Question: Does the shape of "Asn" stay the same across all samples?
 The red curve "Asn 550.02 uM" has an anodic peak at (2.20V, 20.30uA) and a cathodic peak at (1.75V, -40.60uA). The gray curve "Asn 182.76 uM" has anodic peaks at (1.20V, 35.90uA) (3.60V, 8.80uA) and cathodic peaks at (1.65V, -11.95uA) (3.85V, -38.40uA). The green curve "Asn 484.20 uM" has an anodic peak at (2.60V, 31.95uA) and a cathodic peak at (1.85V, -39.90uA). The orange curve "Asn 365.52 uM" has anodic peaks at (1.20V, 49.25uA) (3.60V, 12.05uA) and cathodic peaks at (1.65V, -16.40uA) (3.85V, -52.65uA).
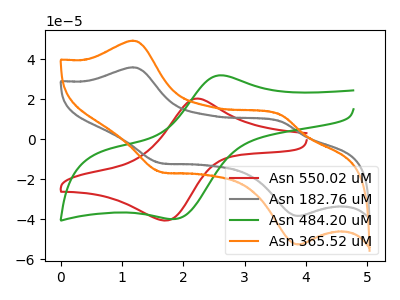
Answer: <think>"Asn 550.02 uM" and "Asn 182.76 uM" have a different number of peaks. "Asn 550.02 uM" and "Asn 484.20 uM" have at least one peak that do not match. "Asn 550.02 uM" and "Asn 365.52 uM" have a different number of peaks. "Asn 182.76 uM" and "Asn 484.20 uM" have a different number of peaks. All the peaks in "Asn 182.76 uM" have a peak in "Asn 365.52 uM" at the same potential. Every peak in "Asn 182.76 uM" is lower than every peak in "Asn 365.52 uM". "Asn 484.20 uM" and "Asn 365.52 uM" have a different number of peaks.
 </think>
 <answer>All the CV's of "Asn" have similar shape.</answer>
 <eval>follow_rule</eval>